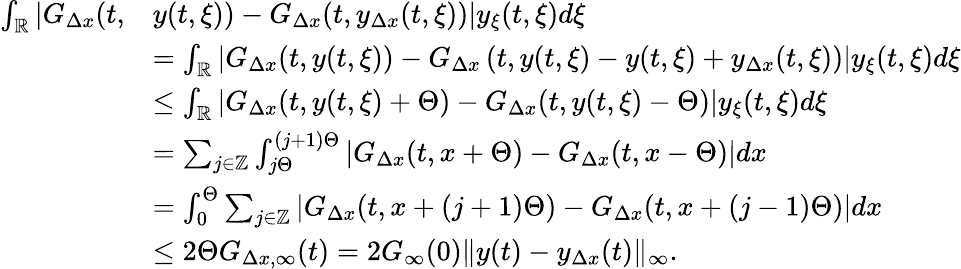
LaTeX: \begin{array}{rl}{\int_{\mathbb{R}}|G_{\Delta x}(t,}&{y(t,\xi))-G_{\Delta x}(t,y_{\Delta x}(t,\xi))|y_{\xi}(t,\xi)d\xi}\\ &{=\int_{\mathbb{R}}\left|G_{\Delta x}(t,y(t,\xi))-G_{\Delta x}\left(t,y(t,\xi)-y(t,\xi)+y_{\Delta x}(t,\xi)\right)\right|y_{\xi}(t,\xi)d\xi}\\ &{\leq\int_{\mathbb{R}}\left|G_{\Delta x}(t,y(t,\xi)+\Theta)-G_{\Delta x}(t,y(t,\xi)-\Theta)\right|y_{\xi}(t,\xi)d\xi}\\ &{=\sum_{j\in\mathbb{Z}}\int_{j\Theta}^{(j+1)\Theta}\left|G_{\Delta x}(t,x+\Theta)-G_{\Delta x}(t,x-\Theta)\right|dx}\\ &{=\int_{0}^{\Theta}\sum_{j\in\mathbb{Z}}|G_{\Delta x}(t,x+(j+1)\Theta)-G_{\Delta x}(t,x+(j-1)\Theta)|dx}\\ &{\leq 2\Theta G_{\Delta x,\infty}(t)=2G_{\infty}(0)\| y(t)-y_{\Delta x}(t)\| _{\infty}.}\end{array}